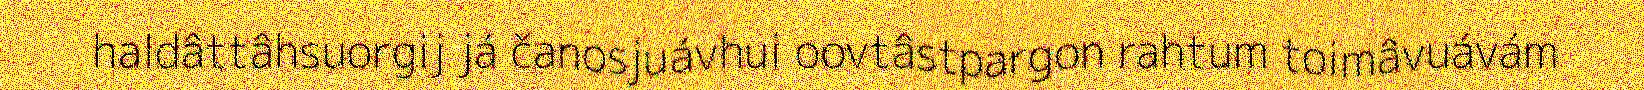
haldâttâhsuorgij já čanosjuávhui oovtâstpargon rahtum toimâvuávám